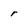
Character: r